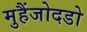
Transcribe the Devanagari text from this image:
मुहैंजोदडो